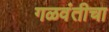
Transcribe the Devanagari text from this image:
गळवंतीचा